State Department UAP Cable 5, Mexico, September 16, 2003
Agency: Department of State
Incident date: 9/12/03
Incident location: Mexico
Page 7
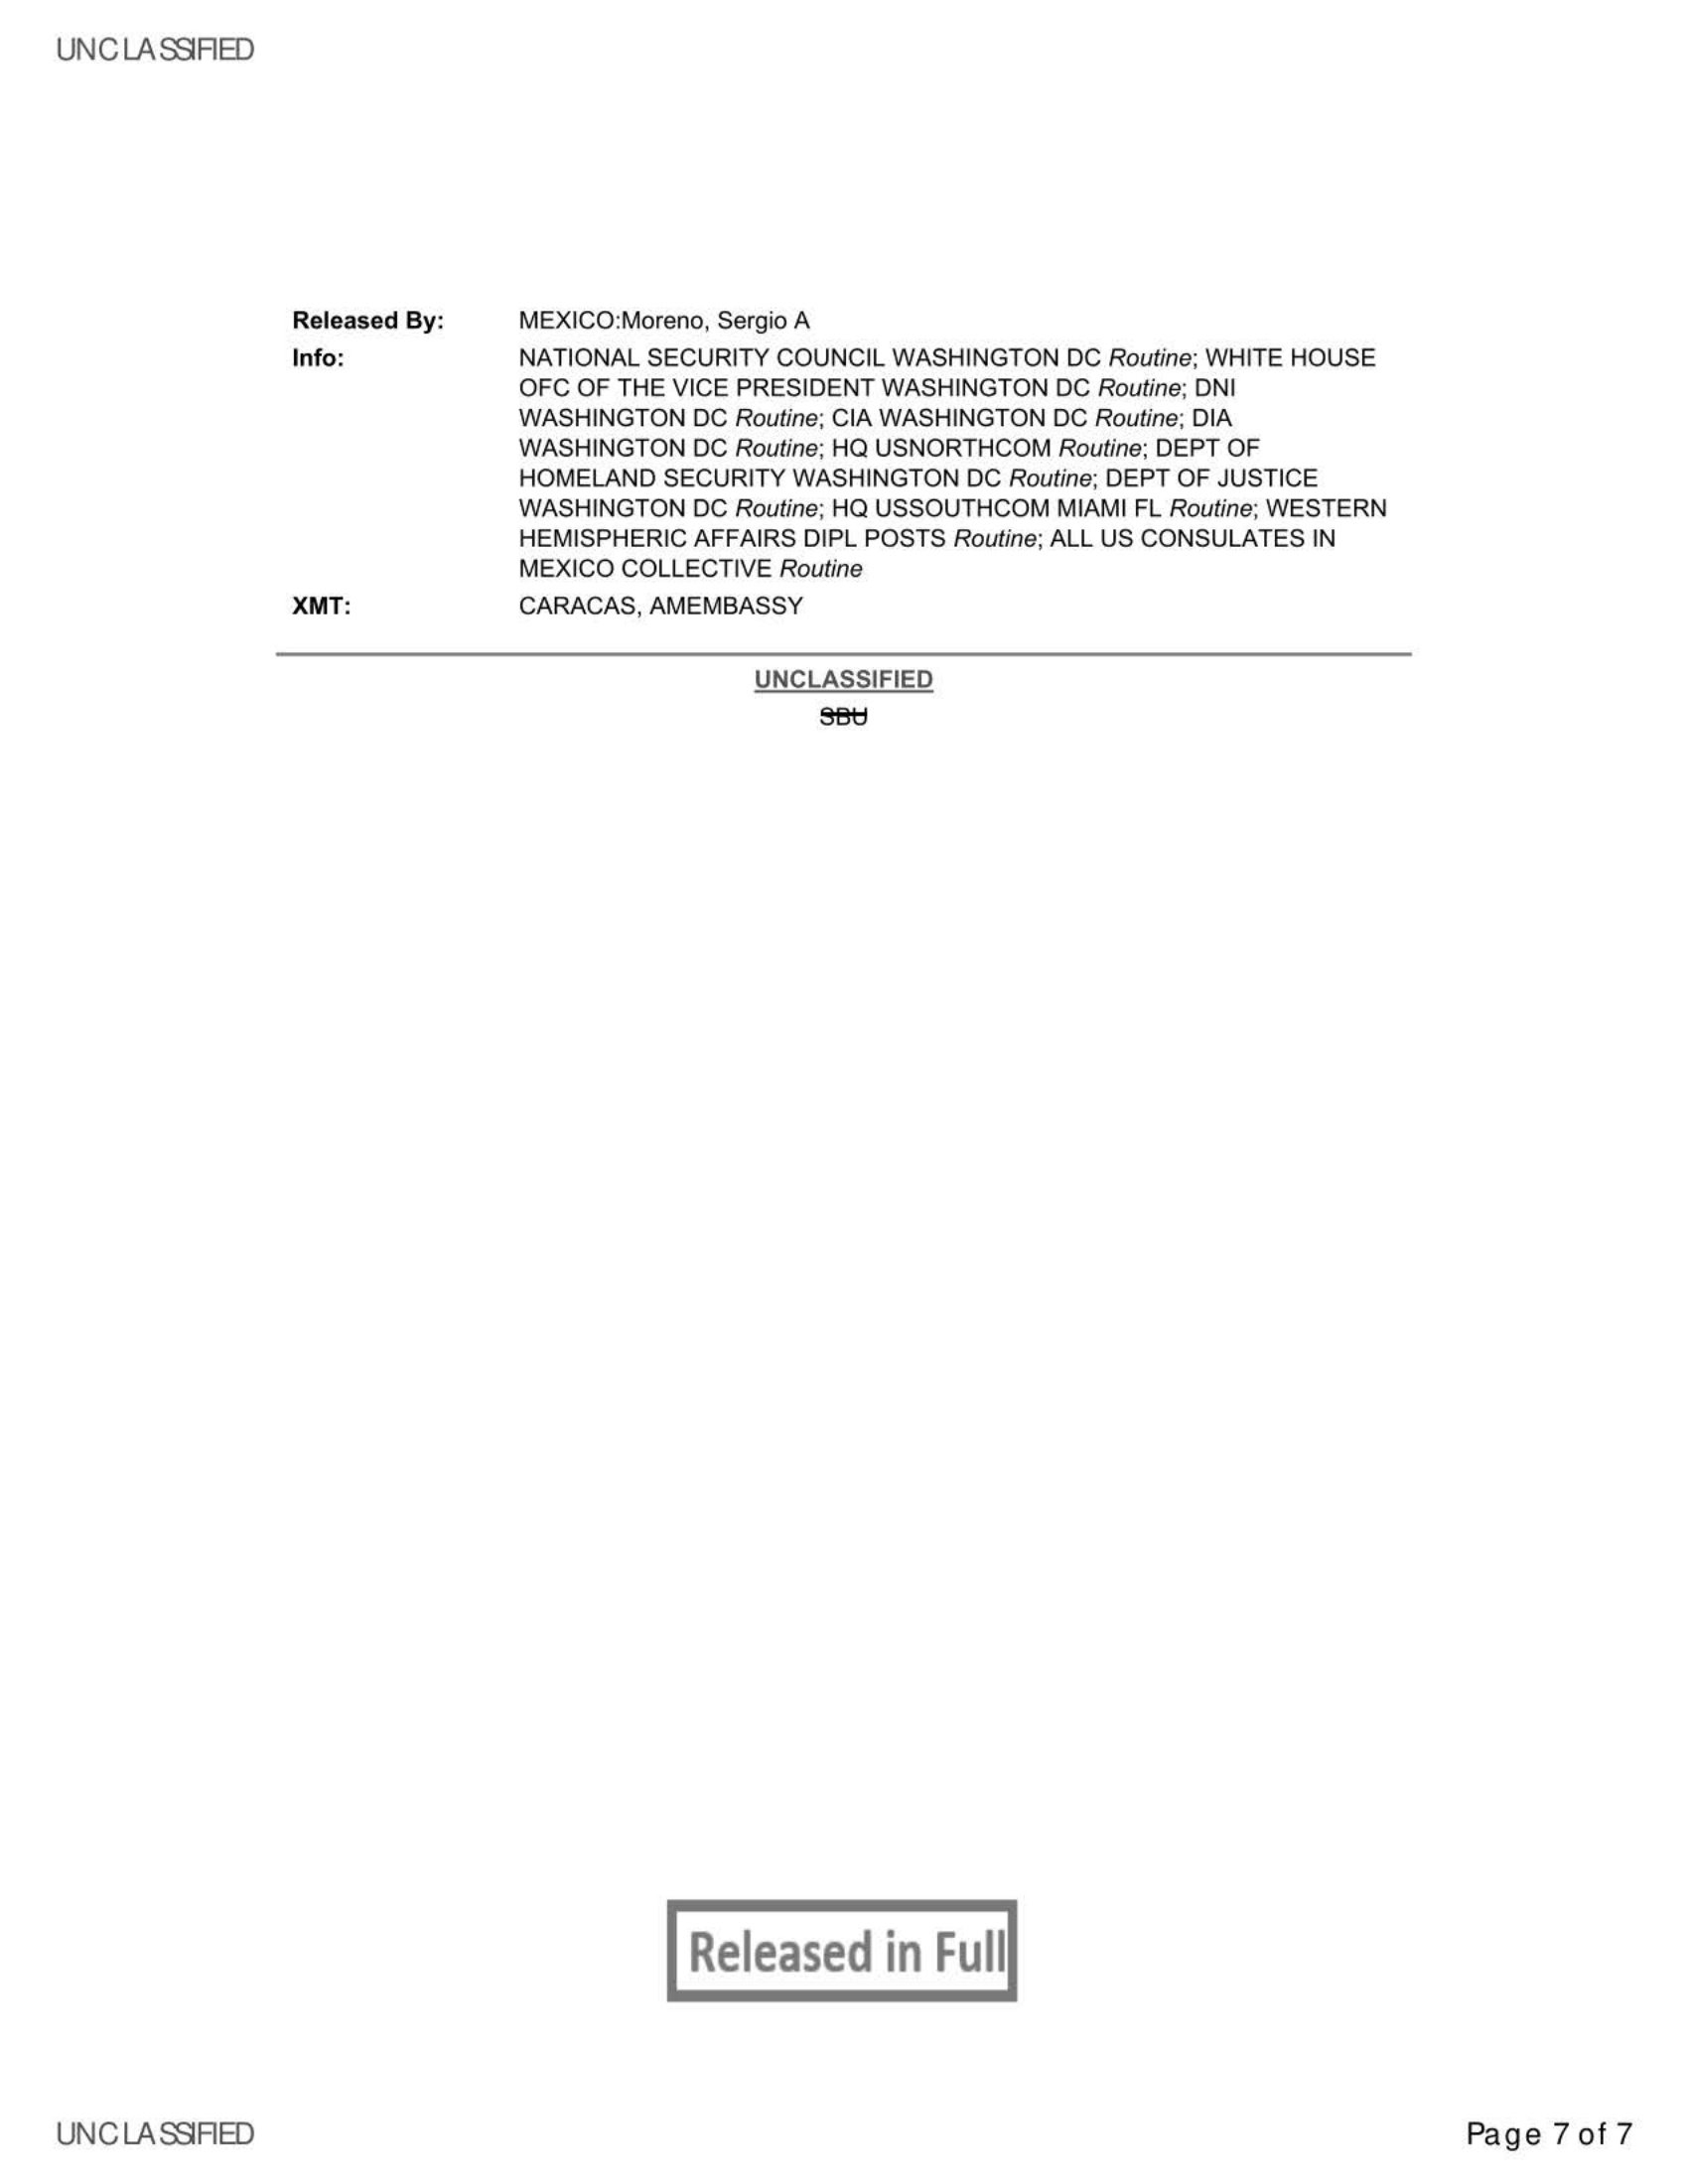